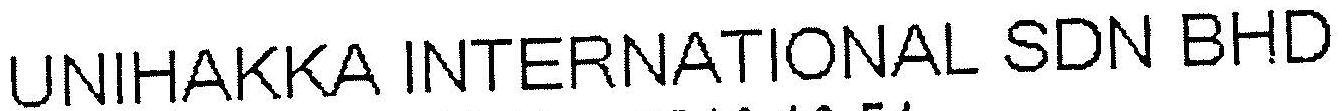
UNIHAKKA INTERNATIONAL SDN BHD